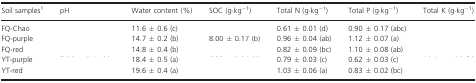
<table><thead><tr><td><b>Soil samples1</b></td><td><b>pH</b></td><td><b>Water content (%)</b></td><td><b>SOC (g·kg<sup>−1</sup>)</b></td><td><b>Total N (g·kg<sup>−1</sup>)</b></td><td><b>Total P (g·kg<sup>−1</sup>)</b></td><td><b>Total K (g·kg<sup>−1</sup>)</b></td></tr></thead><tbody><tr><td>FQ-Chao</td><td>[EMPTY_CELL]</td><td>11.6 ± 0.6 (c)</td><td>[EMPTY_CELL]</td><td>0.61 ± 0.01 (d)</td><td>0.90 ± 0.17 (abc)</td><td>[EMPTY_CELL]</td></tr><tr><td>FQ-purple</td><td>[EMPTY_CELL]</td><td>14.7 ± 0.2 (b)</td><td>8.00 ± 0.17 (b)</td><td>0.96 ± 0.04 (ab)</td><td>1.12 ± 0.07 (a)</td><td>[EMPTY_CELL]</td></tr><tr><td>FQ-red</td><td>[EMPTY_CELL]</td><td>14.8 ± 0.4 (b)</td><td>[EMPTY_CELL]</td><td>0.82 ± 0.09 (bc)</td><td>1.10 ± 0.08 (ab)</td><td>[EMPTY_CELL]</td></tr><tr><td>YT-purple</td><td>[EMPTY_CELL]</td><td>18.4 ± 0.5 (a)</td><td>[EMPTY_CELL]</td><td>0.79 ± 0.03 (c)</td><td>0.62 ± 0.03 (c)</td><td>[EMPTY_CELL]</td></tr><tr><td>YT-red</td><td>[EMPTY_CELL]</td><td>19.6 ± 0.4 (a)</td><td>[EMPTY_CELL]</td><td>1.03 ± 0.06 (a)</td><td>0.83 ± 0.02 (bc)</td><td>[EMPTY_CELL]</td></tr></tbody></table>